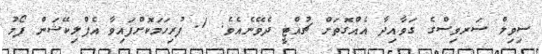
ސިވިލް ސަރވިސްގެ ގަވާއިދާ އެއްގޮތަށް ޗުއްޓީ ދެވޭނެއެވެ. 1. ފުރިހަމަކޮށްފައިވާ އެޕްލިކޭޝަން ފޯމު